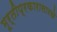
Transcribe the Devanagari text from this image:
मूर्तीप्रकारासारखे